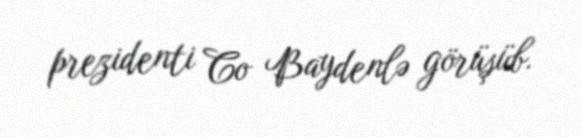
prezidenti Co Baydenlə görüşüb.